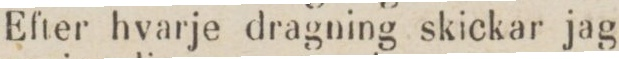
Efter hvarje dragning skickar jag